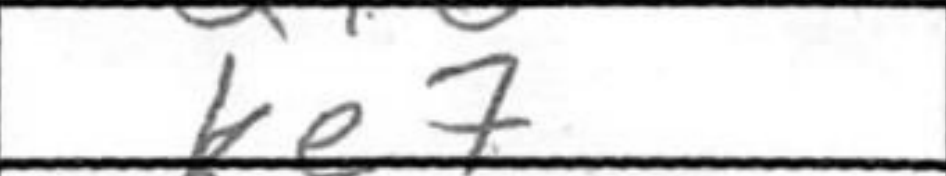
Transcription: Ke7